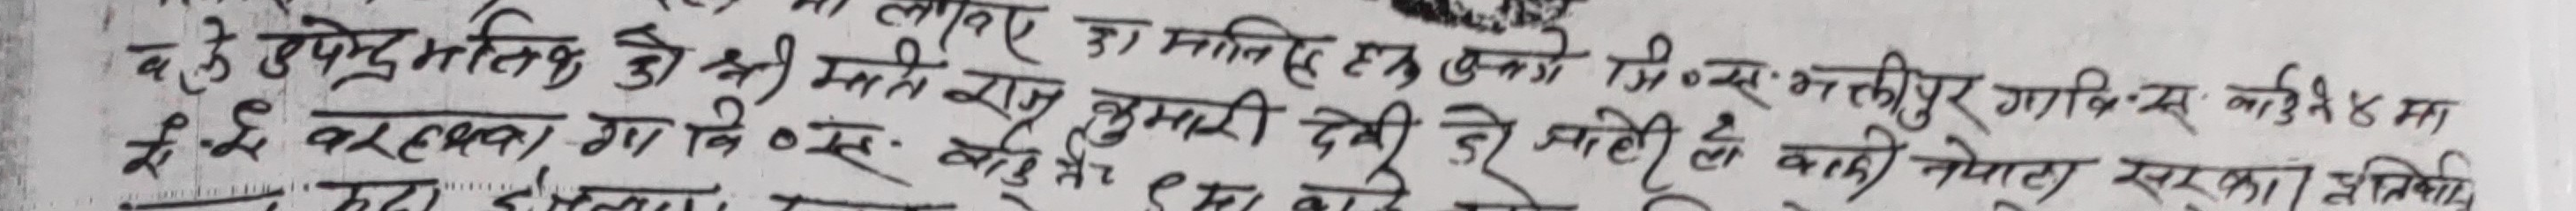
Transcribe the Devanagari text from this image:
लागि डा मानित हनुकुमे सि० न० भर्त्तीपुर गार्गिक्स कार्डमा ब. के. उपेंद्र प्रतिक की श्री मनराज कुमारी देवी को जाहेरी ले बसी नेपाल सरकार अतः खदा दोस्रा मा